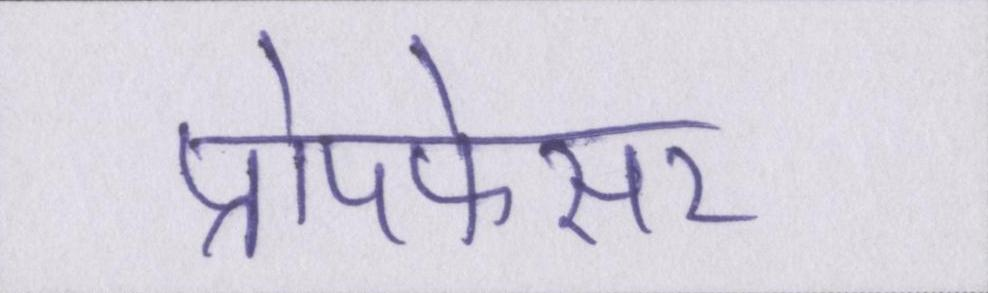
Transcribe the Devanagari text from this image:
प्रोपफेसर